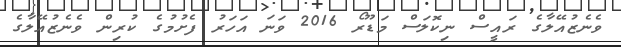
ވެނެޒުއޭލާގެ ރައީސް ނިކޮލަސް މަޑޫރޯ 2016 ވަނަ އަހަރު ފެށުމުގެ ކުރިން ވެނެޒުއޭލާގެ